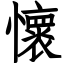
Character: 懷